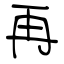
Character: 再